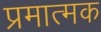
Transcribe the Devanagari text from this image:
प्रमात्मक